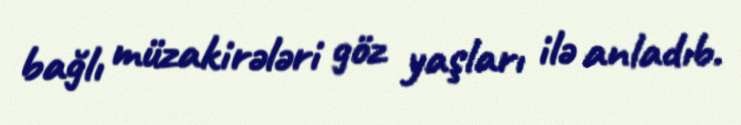
bağlı müzakirələri göz yaşları ilə anladıb.